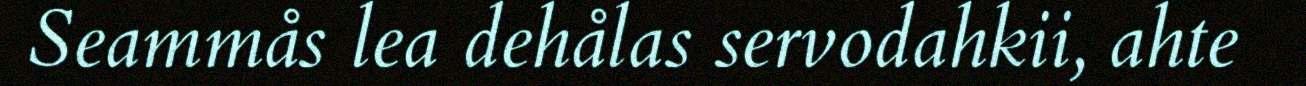
Seammås lea dehålas servodahkii, ahte